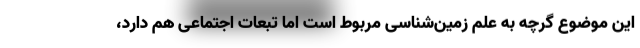
این موضوع گرچه به علم زمین‌شناسی مربوط است اما تبعات اجتماعی هم دارد،